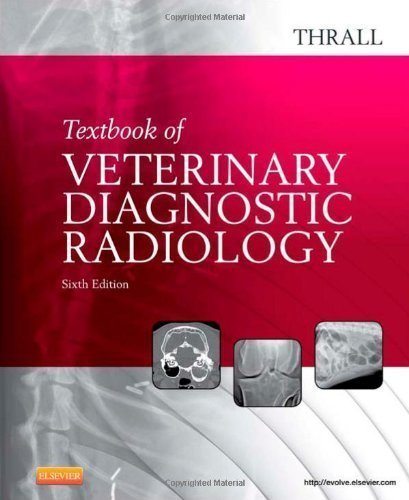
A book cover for Textbook of Veterinary Diagnostic Radiology, 6e 6th (sixth) Edition by Thrall DVM PhD DACVR, Donald E. published by Saunders (2012); Medical Books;